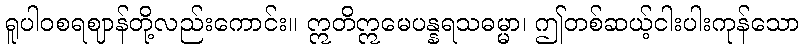
ရူပါဝစရဈာန်တို့လည်းကောင်း။ ဣတိဣမေပန္နရသဓမ္မာ၊ ဤတစ်ဆယ့်ငါးပါးကုန်သော